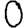
Digit: 0